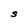
Character: S